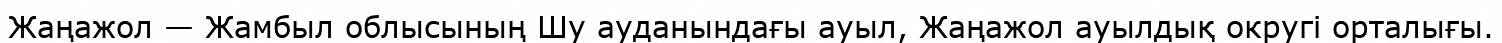
Жаңажол — Жамбыл облысының Шу ауданындағы ауыл, Жаңажол ауылдық округі орталығы.